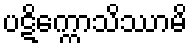
ပဋိက္ကောသိဿာမိ